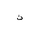
Letter: _non